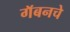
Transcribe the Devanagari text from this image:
गॅबनचे